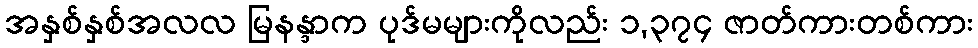
အနှစ်နှစ်အလလ မြနန္ဒာက ပုဒ်မများကိုလည်း ၁,၃၇၄ ဇာတ်ကားတစ်ကား